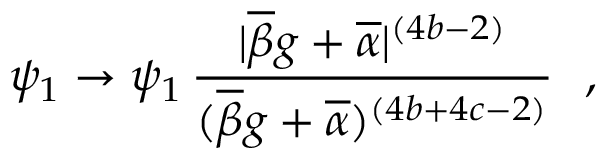
\psi _ { 1 } \rightarrow \psi _ { 1 } \, \frac { | \overline { { { \beta } } } g + \overline { { { \alpha } } } | ^ { ( 4 b - 2 ) } } { ( \overline { { { \beta } } } g + \overline { { { \alpha } } } ) ^ { ( 4 b + 4 c - 2 ) } } ~ ~ ,